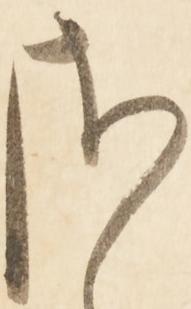
さ